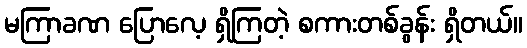
မကြာခဏ ပြောလေ့ ရှိကြတဲ့ စကားတစ်ခွန်း ရှိတယ်။